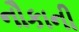
નૌકાની